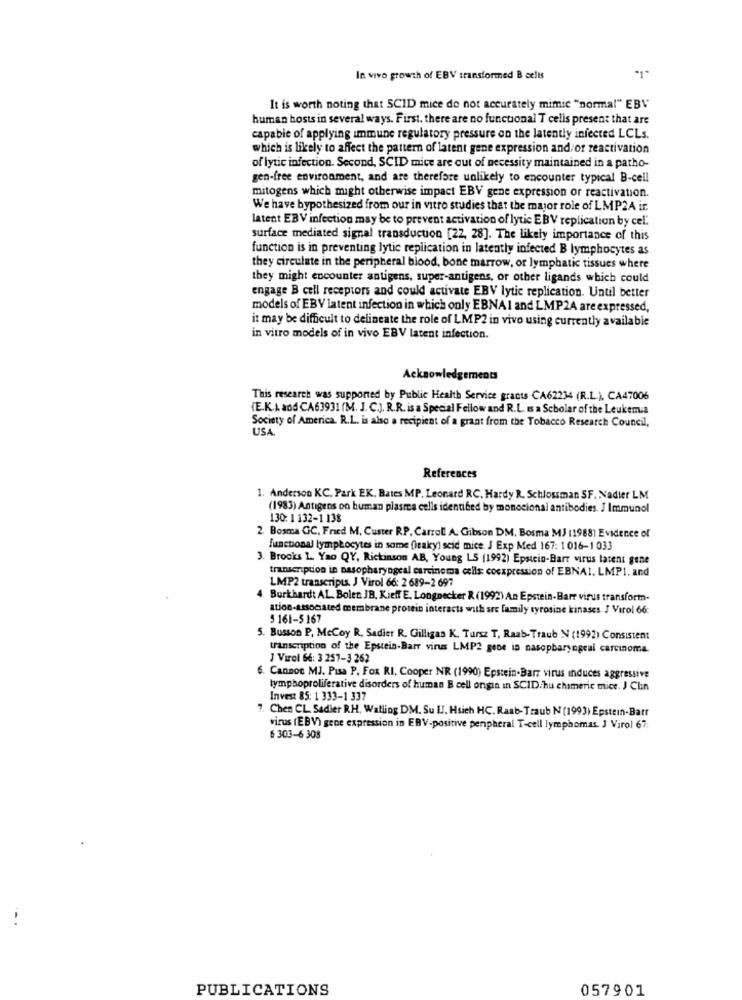
In vivo growth of EBV transformed B cells
It is worth noting that SCID mice do not accurately mimic "normal" EBV
human hosts in several ways. First. there are no functional T cells present that are
capable of applying immune regulatory pressure on the latently infected LCLs.
which is likely to affect the pattern of latent gene expression and/or reactivation
of lytic infection. Second, SCID mice are out of necessity maintained in a patho-
gen-free environment, and are therefore unlikely to encounter typical B-cell
mitogens which might otherwise impact EBV gene expression or reactivation.
We have bypothesized from our in vitro studies that the major role of LMP2A ir.
latent EBV infection may be to prevent activation of lytic EBV replication by cel.
surface mediated signal transduction [22, 28]. The likely importance of this
function is in preventing lytic replication in latently infected B lymphocytes as
they circulate in the peripheral blood, bone marrow, or lymphatic tissues where
they might encounter antigens, super-antigens, or other ligands which could
engage B cell receptors and could activate EBV lytic replication. Until better
models of EBV latent infection in which only EBNAI and LMP24 are expressed,
it may be difficult to delineate the role of LMP2 in vivo using currently available
in vitro models of in vivo EBV latent infection.
Acknowledgements
This research was supported by Public Health Service grants CA62234 (R.L.), CA47006
(E.K.A and CA63931 (M. J. C.). R.R. is a Special Fellow and R.L. Is a Scholar of the Leukemia
Society of America. R.L. is also a recipient of a grant from the Tobacco Research Council,
USA.
References
1. Anderson KC. Park EK. Bates MP. Leonard RC. Hardy R. Schlossman SF. Nadler LM
(1983) Antigens on human plasma cells identified by monocional antibodies. J Immunol
130: 1 132-1 138
2. Bosma GC, Fried M. Custer RP, Carroll A. Gibson DM. Bosma MJ (1988) Evidence of
functional lymphocytes in some (ieaky) seid mice. J Exp Med 167: 1 016-1033
3. Brooks 1. Yao QY, Rickinson AB, Young LS (1992) Epstein-Barr virus latent gene
transcription in pasopharyngeal carcinoma cells: coexpression of EBNAI. LMP1, and
LMP2 transcripts. J Virol 66: 2 689-2 697
4. Burkhardt AL. Bolen JB, Kieff E, Longnecker R (1992) An Epstein-Barr virus transform-
ation-associated membrane protein interacts with are family tyrosine kinases J Virol 66c
5 161-5167
5. Busson P, McCoy R. Sadier R. Gilligan K. Tursz T. Raab-Traub N (1992) Consistent
transcription of the Epstein-Barr virus LMP2 gene ia nasopharyngeal carcinoma.
Virol 66: 3 257-3 262
.Cannoe MJ. Pisa P. Fox RI, Cooper NR (1990) Epstein-Barr virus induces aggressive
lymphoproliferative disorders of human B cell ongin in SCID.hu chameric mice. J Clin
Invest 85: 1 333-1 337
7. Chen CL. Sadler RH, Walling DM. Su Ll, Hsich HC. Raab- Traub N (1993) Epstein-Barr
virus (EBV) gene expression in EBV-positive peripheral T-cell lymphomas. J Virol 67;
6 303-6 308
PUBLICATIONS
057901